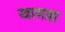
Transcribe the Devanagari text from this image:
खावडा